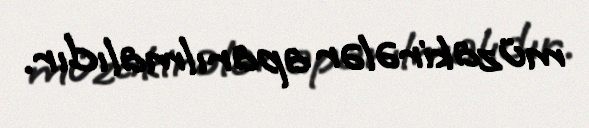
müzakirələr aparılmalıdır.